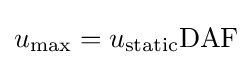
u_{\max }=u_{\text{static}}{\text{DAF}}